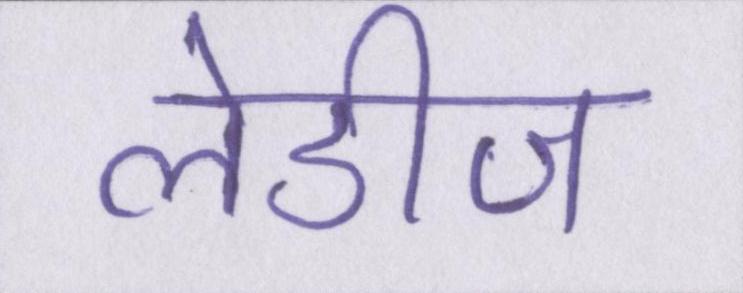
लेडीज